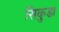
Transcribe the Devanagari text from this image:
सिकुडा